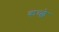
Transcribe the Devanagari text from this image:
कच्छे